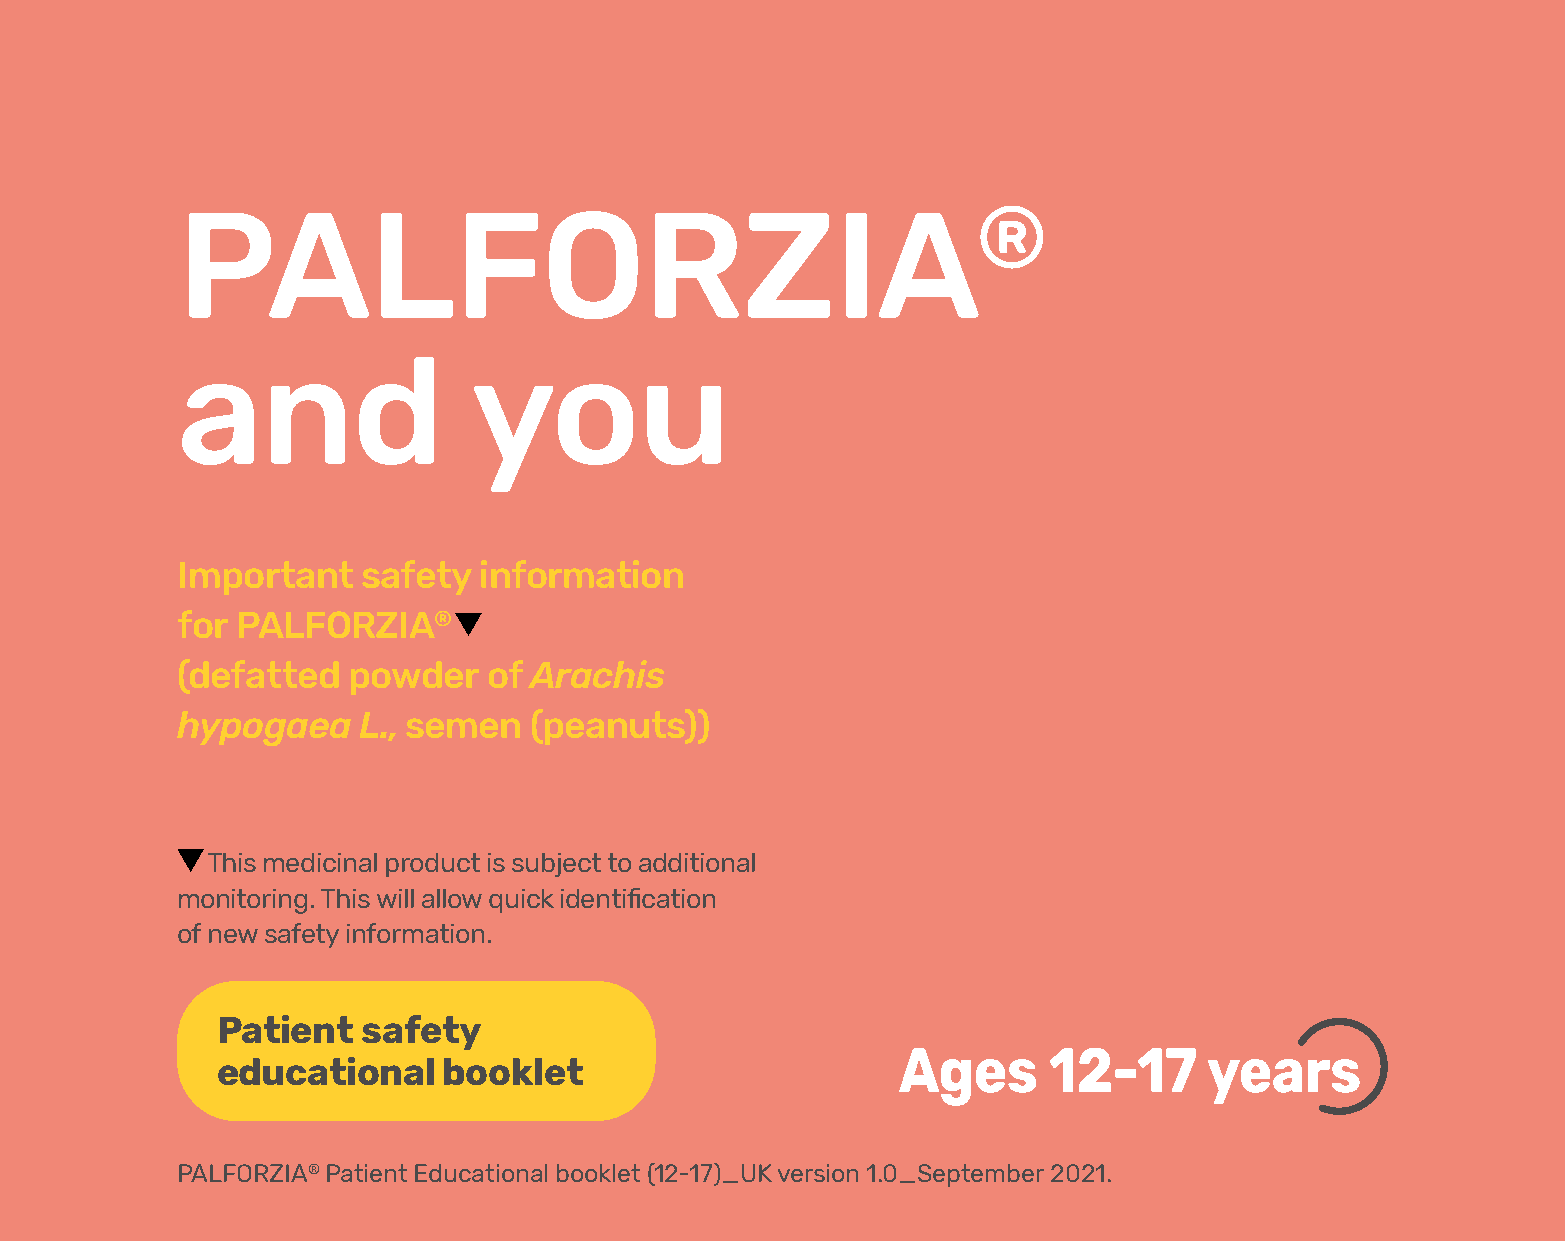
PALFORZIA®
 and                you
 Important   safety  information
 for PALFORZIA®
 (defatted  powder   of Arachis
 hypogaea    L., semen  (peanuts))
 This medicinal product is subject to additional
 monitoring. This will allow quick identification
 of new safety information.
 Patient   safety
 Ages     12-17      years
 educational    booklet
 PALFORZIA® Patient Educational booklet (12-17)_UK version 1.0_September 2021.
 Booklet_12-17_UK_V1.0